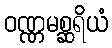
ဝဏ္ဏမစ္ဆရိယံ